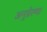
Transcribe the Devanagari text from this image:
अनुप्रेरणा